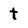
Character: t